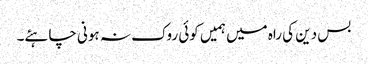
بس دین کی راہ میں ہمیں کوئی روک نہ ہونی چاہئے۔